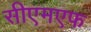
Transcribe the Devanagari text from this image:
सीएमएफ